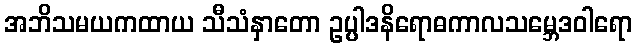
အဘိသမယကထာယ သီသံနှာတော ဥပ္ပါဒနိရောဓကာလသမ္ဘေဒဝါရော